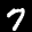
Label: 7